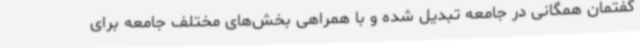
گفتمان همگانی در جامعه تبدیل شده و با همراهی بخش‌های مختلف جامعه برای